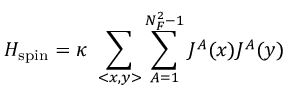
H _ { \mathrm { s p i n } } = \kappa ~ \sum _ { < x , y > } \sum _ { A = 1 } ^ { N _ { F } ^ { 2 } - 1 } J ^ { A } ( x ) J ^ { A } ( y )